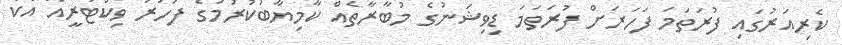
ކެރިއަރުގައި ފުރަތަމަ ފަހަރަށް ފުރަތަމަ ޑިވިޝަނުގެ މުބާރާތެއް ކާމިޔާބުކުރުމުގެ ފަހުރު ވިކްޓަރީއާ އެކު